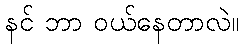
နင် ဘာ ဝယ်နေတာလဲ။